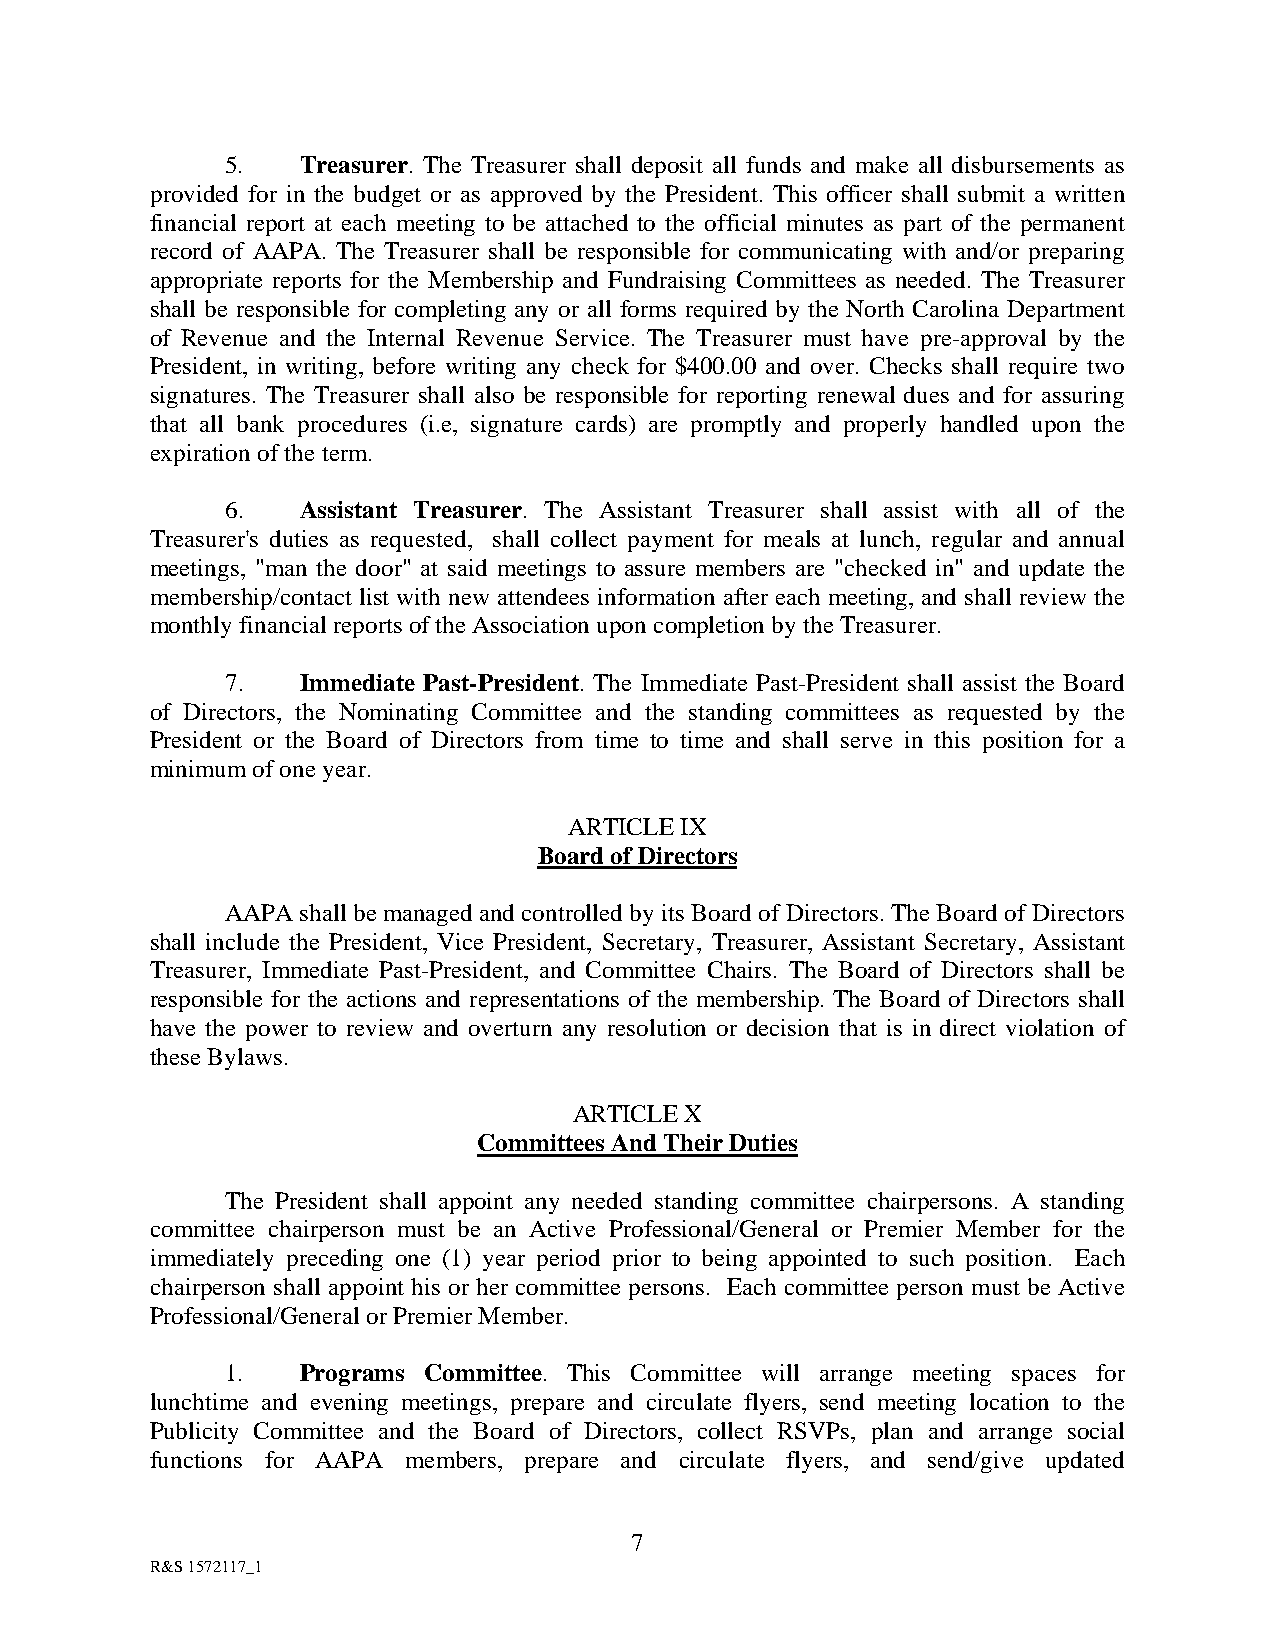
5.   Treasurer. The Treasurer shall deposit all funds and make all disbursements as
 provided for in the budget or as approved by the President. This officer shall submit a written
 financial report at each meeting to be attached to the official minutes as part of the permanent
 record of AAPA. The Treasurer shall be responsible for communicating with and/or preparing
 appropriate reports for the Membership and Fundraising Committees as needed. The Treasurer
 shall be responsible for completing any or all forms required by the North Carolina Department
 of Revenue and the Internal Revenue Service. The Treasurer must have pre-approval by the
 President, in writing, before writing any check for $400.00 and over. Checks shall require two
 signatures. The Treasurer shall also be responsible for reporting renewal dues and for assuring
 that all bank procedures (i.e, signature cards) are promptly and properly handled upon the
 expiration of the term.
 6.   Assistant Treasurer. The Assistant Treasurer shall assist with all of the
 Treasurer's duties as requested, shall collect payment for meals at lunch, regular and annual
 meetings, "man the door" at said meetings to assure members are "checked in" and update the
 membership/contact list with new attendees information after each meeting, and shall review the
 monthly financial reports of the Association upon completion by the Treasurer.
 7.   Immediate Past-President. The Immediate Past-President shall assist the Board
 of Directors, the Nominating Committee and the standing committees as requested by the
 President or the Board of Directors from time to time and shall serve in this position for a
 minimum of one year.
 ARTICLE IX
 Board of Directors
 AAPA shall be managed and controlled by its Board of Directors. The Board of Directors
 shall include the President, Vice President, Secretary, Treasurer, Assistant Secretary, Assistant
 Treasurer, Immediate Past-President, and Committee Chairs. The Board of Directors shall be
 responsible for the actions and representations of the membership. The Board of Directors shall
 have the power to review and overturn any resolution or decision that is in direct violation of
 these Bylaws.
 ARTICLE X
 Committees And Their Duties
 The President shall appoint any needed standing committee chairpersons. A standing
 committee chairperson must be an Active Professional/General or Premier Member for the
 immediately preceding one (1) year period prior to being appointed to such position. Each
 chairperson shall appoint his or her committee persons. Each committee person must be Active
 Professional/General or Premier Member.
 1.   Programs Committee. This Committee will arrange meeting spaces for
 lunchtime and evening meetings, prepare and circulate flyers, send meeting location to the
 Publicity Committee and the Board of Directors, collect RSVPs, plan and arrange social
 functions for AAPA members, prepare and circulate flyers, and send/give updated
 7
 R&S 1572117_1